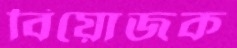
বিয়োজক